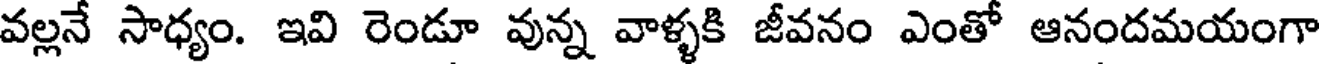
వల్లనే సాధ్యం. ఇవి రెండూ వున్న వాళ్ళకి జీవనం ఎంతో ఆనందమయంగా